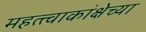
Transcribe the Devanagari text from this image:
महत्त्वाकांक्षेच्या